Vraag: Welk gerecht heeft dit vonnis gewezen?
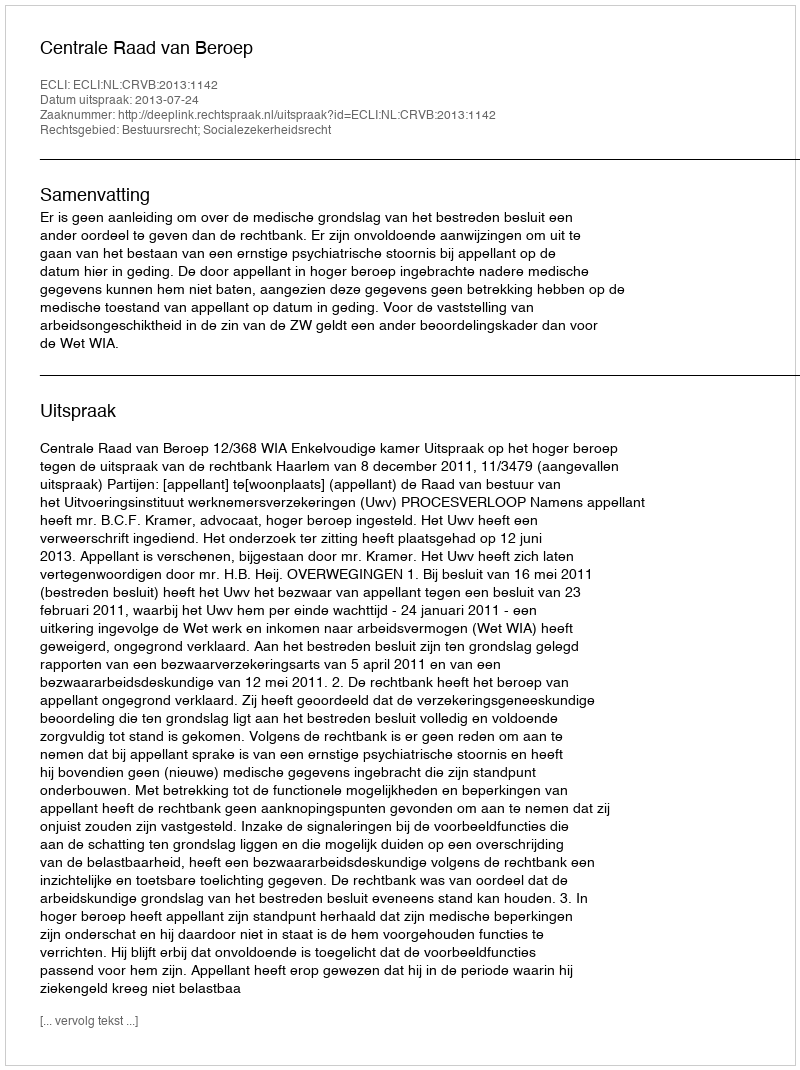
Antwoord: Centrale Raad van Beroep